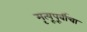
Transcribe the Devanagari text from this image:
मृत्यूपूर्वीचा